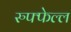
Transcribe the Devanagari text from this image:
रुफ्फेल्ल